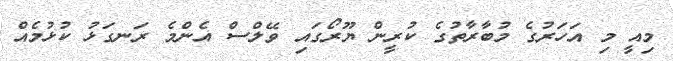
މިއީ މި އަހަރުގެ މުބާރާތުގެ ކުރީން ޔޫރޯގައި ވޭލްސް އެންމެ ރަނގަޅު ކުޅުމެއް